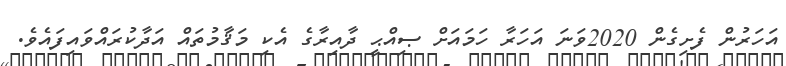
އަހަރުން ފެށިގެން 2020ވަނަ އަހަރާ ހަމައަށް ޞިއްޙީ ދާއިރާގެ އެކި މަޤާމުތައް އަދާކުރައްވައިފައެވެ.